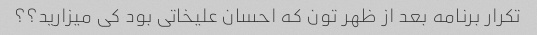
تکرار برنامه بعد از ظهر تون که احسان علیخاتی بود کی میزارید؟؟